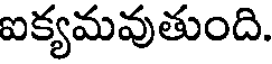
ఐక్యమవుతుంది.